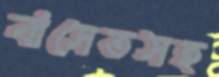
বাসেতসহ